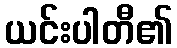
ယင်းပါတီ၏